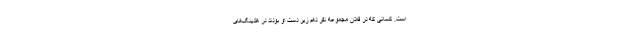
است. کسانی که در فلان مجموعه نفر دهم زیر دست او بودند در هلدینگ‌های